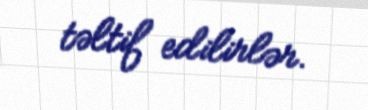
təltif edilirlər.